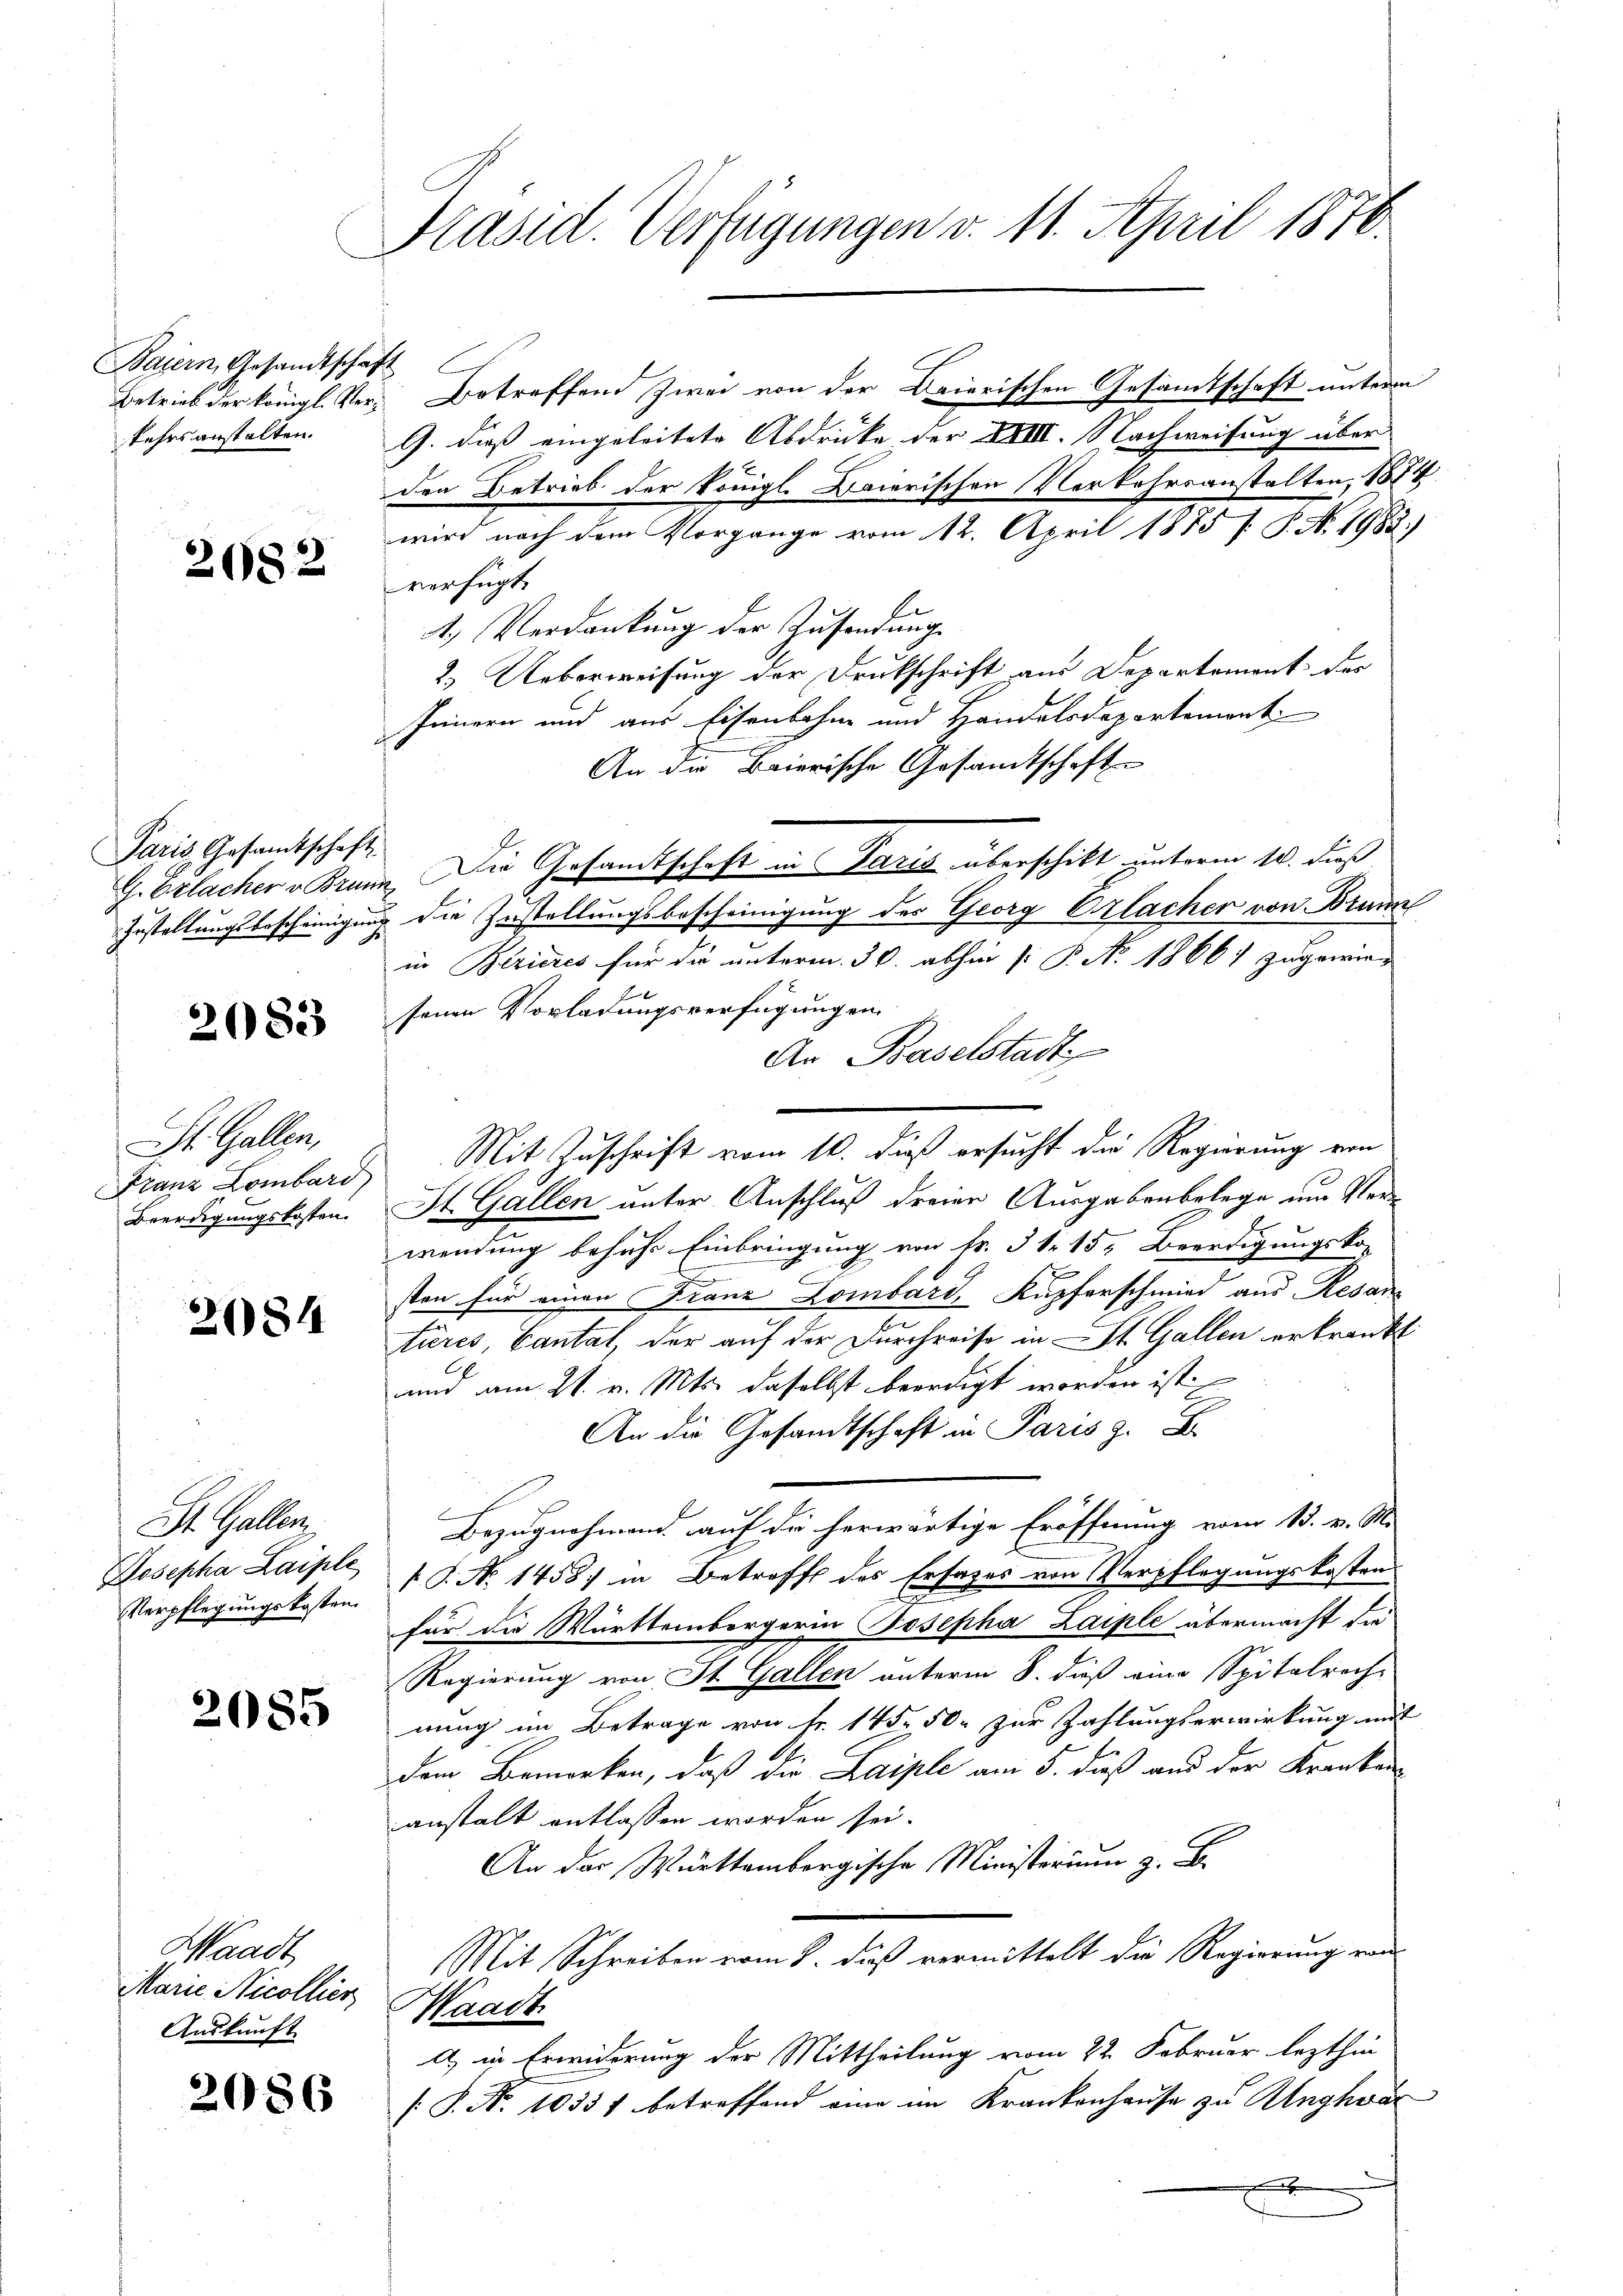
Baiern, Gesandtschaf
Betrieb der Königl. Verkehrsanstalten.

26.

82

Paris Gesamtschaft

2083

St. Gallen,
Franz Lombard
Beerdigungskosten.

2084

St. Gallen
Josepha Laiple
Verpflegungskosten

2085

Waadt
Marie Nicollier
Auskunft

2086

Präsid. Verfügungen v. 11. April 1876.

G. dieß eingeleitete Abdrücke der XXIII. Nachweisung über
den Betrieb der königl. Baierischen Verkehrsanstalten, 1874
wird nach dem Vorgange vom 12. April 1875 /: P. N. 1982.)
verfügt:
1.) Verdankung der Zusendung
2.) Ueberweisung der Drukschrift aus Departement des
feinern und aus Eisenbahne und Handelsdepartemont
An die Baierische Gesandtschaft
G. Erlacher u. Brann. Die Gesamtschaft in Paris überschikt unterm 10. dieß
Zustellungsbescheinigung die Zustellungsbescheinigung des Georg Orlacher von Brunn
in Bezieres für die unterm 30. abhin [: P. No 1866 zugewiesenen Vorladungsverfügungen.
Ar Baselstadt
Mit Zuschrift vom 10. dieß ersucht die Regierung von
St. Gallen unter Anschluß dreier Ausgabenbelege um Verwendung behufs Einbringung von Fr. 31. 15, Beerdigungsko-
sten für einen Franz Lombard, Kupferschmied aus Resan
tieres, Cantal, der auf der Durchreise in St. Gallen erkrankt
und am 21. v. Mts. daselbst beerdigt worden ist
An die Gesandtschaft in Paris z. B.
Bezugnahmend auf die herwärtige Eröffnung vom 13. v. M.
 P. No 1458) in Betreff des Ersatzes von Verpflegungskosten
für die Württembergerin Josepha Zaiple übermacht die
Regierung von St. Gallen unterm 8. daß eine Spitalrech-
nung im Betrage von Fr. 145. 50. zur Zahlungserwirkung mit
dem Bemerken, daß die Laiple am 5. dieß und der Kranken
anstalt entlassen worden sei.
An der Württembergische Ministerium z. B.
Mit Schreiben vom 8. dieß vermittelt die Regierung von
Waadt.
A in Erwiederung der Mittheilung vom 22. Februar lezthin
[P. Nr. 10357 betreffend eine im Krankenhause zu Unghwar

Betreffend zwei von der Baierischen Gesamtschaft unterm